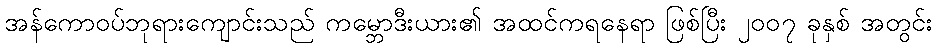
အန်ကောဝပ်ဘုရားကျောင်းသည် ကမ္ဘောဒီးယား၏ အထင်ကရနေရာ ဖြစ်ပြီး ၂၀၀၇ ခုနှစ် အတွင်း